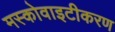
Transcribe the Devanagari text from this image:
मस्कोवाइटीकरण